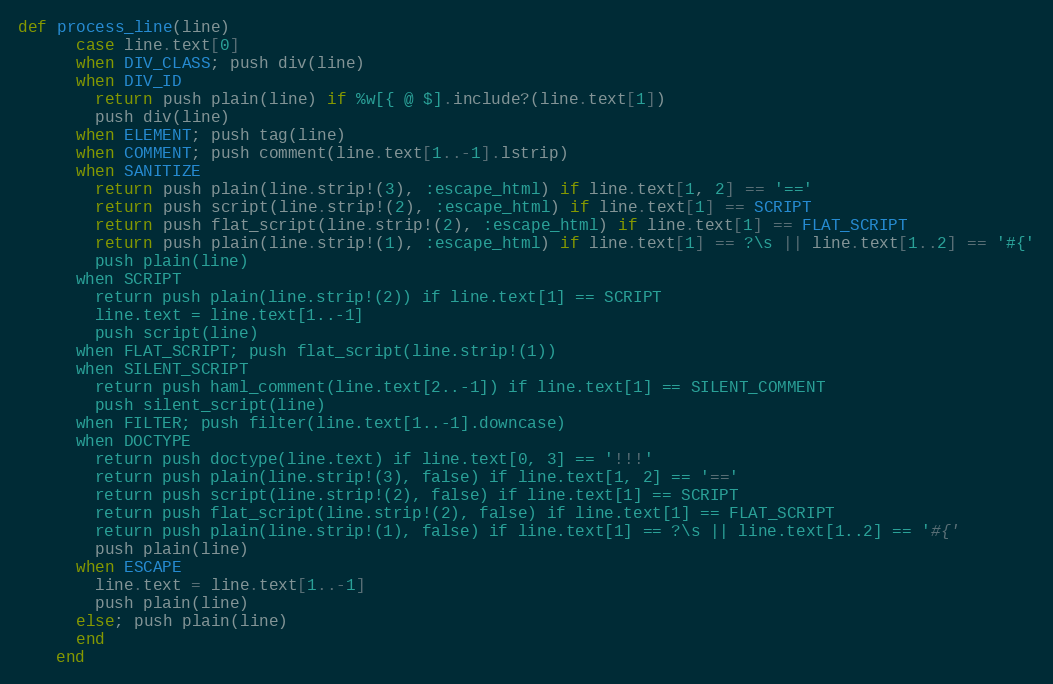
Language: Ruby
def process_line(line)
      case line.text[0]
      when DIV_CLASS; push div(line)
      when DIV_ID
        return push plain(line) if %w[{ @ $].include?(line.text[1])
        push div(line)
      when ELEMENT; push tag(line)
      when COMMENT; push comment(line.text[1..-1].lstrip)
      when SANITIZE
        return push plain(line.strip!(3), :escape_html) if line.text[1, 2] == '=='
        return push script(line.strip!(2), :escape_html) if line.text[1] == SCRIPT
        return push flat_script(line.strip!(2), :escape_html) if line.text[1] == FLAT_SCRIPT
        return push plain(line.strip!(1), :escape_html) if line.text[1] == ?\s || line.text[1..2] == '#{'
        push plain(line)
      when SCRIPT
        return push plain(line.strip!(2)) if line.text[1] == SCRIPT
        line.text = line.text[1..-1]
        push script(line)
      when FLAT_SCRIPT; push flat_script(line.strip!(1))
      when SILENT_SCRIPT
        return push haml_comment(line.text[2..-1]) if line.text[1] == SILENT_COMMENT
        push silent_script(line)
      when FILTER; push filter(line.text[1..-1].downcase)
      when DOCTYPE
        return push doctype(line.text) if line.text[0, 3] == '!!!'
        return push plain(line.strip!(3), false) if line.text[1, 2] == '=='
        return push script(line.strip!(2), false) if line.text[1] == SCRIPT
        return push flat_script(line.strip!(2), false) if line.text[1] == FLAT_SCRIPT
        return push plain(line.strip!(1), false) if line.text[1] == ?\s || line.text[1..2] == '#{'
        push plain(line)
      when ESCAPE
        line.text = line.text[1..-1]
        push plain(line)
      else; push plain(line)
      end
    end